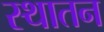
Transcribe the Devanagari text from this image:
स्थातन